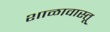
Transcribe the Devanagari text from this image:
शाळावास्तू